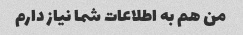
من هم به اطلاعات شما نیاز دارم